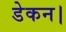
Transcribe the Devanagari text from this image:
डेकन।